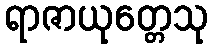
ရာဇာယုတ္တေသု